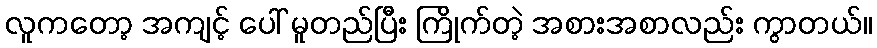
လူကတော့ အကျင့် ပေါ် မူတည်ပြီး ကြိုက်တဲ့ အစားအစာလည်း ကွာတယ်။